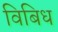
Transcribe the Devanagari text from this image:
विबिध